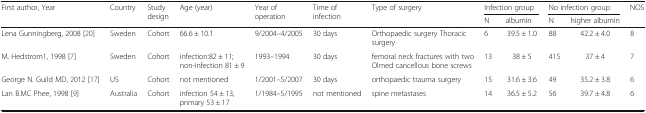
<table><thead><tr><td rowspan="2"><b>First author, Year</b></td><td rowspan="2"><b>Country</b></td><td rowspan="2"><b>Study design</b></td><td rowspan="2"><b>Age (year)</b></td><td rowspan="2"><b>Year of operation</b></td><td rowspan="2"><b>Time of infection</b></td><td rowspan="2"><b>Type of surgery</b></td><td colspan="2"><b>Infection group</b></td><td colspan="2"><b>No infection group</b></td><td rowspan="2"><b>NOS</b></td></tr><tr><td><b>N</b></td><td><b>albumin</b></td><td><b>N</b></td><td><b>higher albumin</b></td></tr></thead><tbody><tr><td>Lena Gunningberg, 2008 [20]</td><td>Sweden</td><td>Cohort</td><td>66.6 ± 10.1</td><td>9/2004–4/2005</td><td>30 days</td><td>Orthopaedic surgery Thoracic surgery</td><td>6</td><td>39.5 ± 1.0</td><td>88</td><td>42.2 ± 4.0</td><td>8</td></tr><tr><td>M. Hedstrom1, 1998 [7]</td><td>Sweden</td><td>Cohort</td><td>infection:82 ± 11; non-infection 81 ± 9</td><td>1993–1994</td><td>30 days</td><td>femoral neck fractures with two Olmed cancellous bone screws</td><td>13</td><td>38 ± 5</td><td>415</td><td>37 ± 4</td><td>7</td></tr><tr><td>George N. Guild MD, 2012 [17]</td><td>US</td><td>Cohort</td><td>not mentioned</td><td>1/2001–5/2007</td><td>30 days</td><td>orthopaedic trauma surgery</td><td>15</td><td>31.6 ± 3.6</td><td>49</td><td>35.2 ± 3.8</td><td>6</td></tr><tr><td>Lan B.MC Phee, 1998 [9]</td><td>Australia</td><td>Cohort</td><td>infection 54 ± 13, primary 53 ± 17</td><td>1/1984–5/1995</td><td>not mentioned</td><td>spine metastases</td><td>14</td><td>36.5 ± 5.2</td><td>56</td><td>39.7 ± 4.8</td><td>6</td></tr></tbody></table>